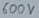
Text: 600V